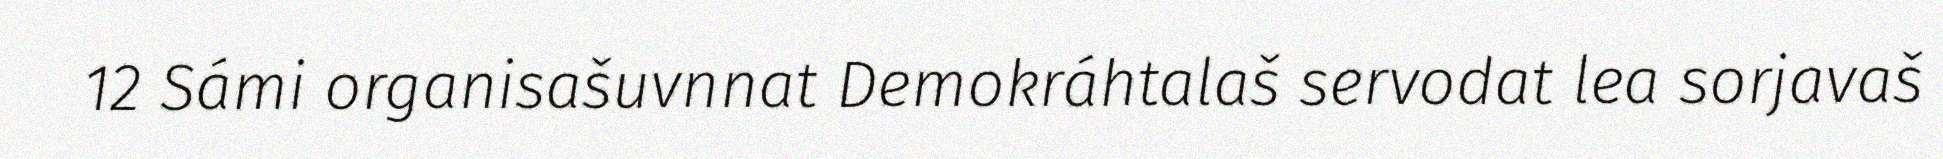
12 Sámi organisašuvnnat Demokráhtalaš servodat lea sorjavaš